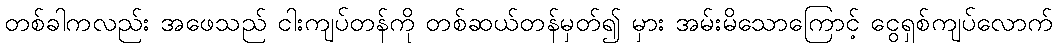
တစ်ခါကလည်း အဖေသည် ငါးကျပ်တန်ကို တစ်ဆယ်တန်မှတ်၍ မှား အမ်းမိသောကြောင့် ငွေရှစ်ကျပ်လောက်